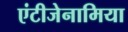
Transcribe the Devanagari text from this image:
एंटीजेनामिया